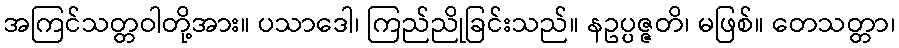
အကြင်သတ္တဝါတို့အား။ ပသာဒေါ၊ ကြည်ညိုခြင်းသည်။ နဥပ္ပဇ္ဇတိ၊ မဖြစ်။ တေသတ္တာ၊